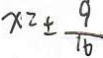
x = \pm \frac { 9 } { 1 6 }